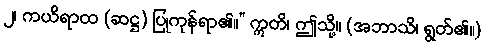
၂၊ ကယိရာထ (ဆဋ္ဌ) ပြုကုန်ရာ၏။” ဣတိ၊ ဤသို့။ (အဘာသိ၊ ရွတ်၏။)